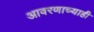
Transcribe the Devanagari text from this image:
आवरणाच्याही